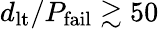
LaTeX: d_{\mathrm{lt}}/P_{\mathrm{fail}}\gtrsim 50